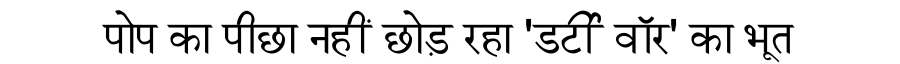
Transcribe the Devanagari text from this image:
पोप का पीछा नहीं छोड़ रहा 'डर्टी वॉर' का भूत